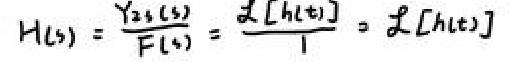
\[ H(s)=\frac{Y_{zs}(s)}{F(s)}=\frac{\mathcal{L}[h(t)]}{1}=\mathcal{L}[h(t)] \]